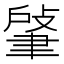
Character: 𦘟